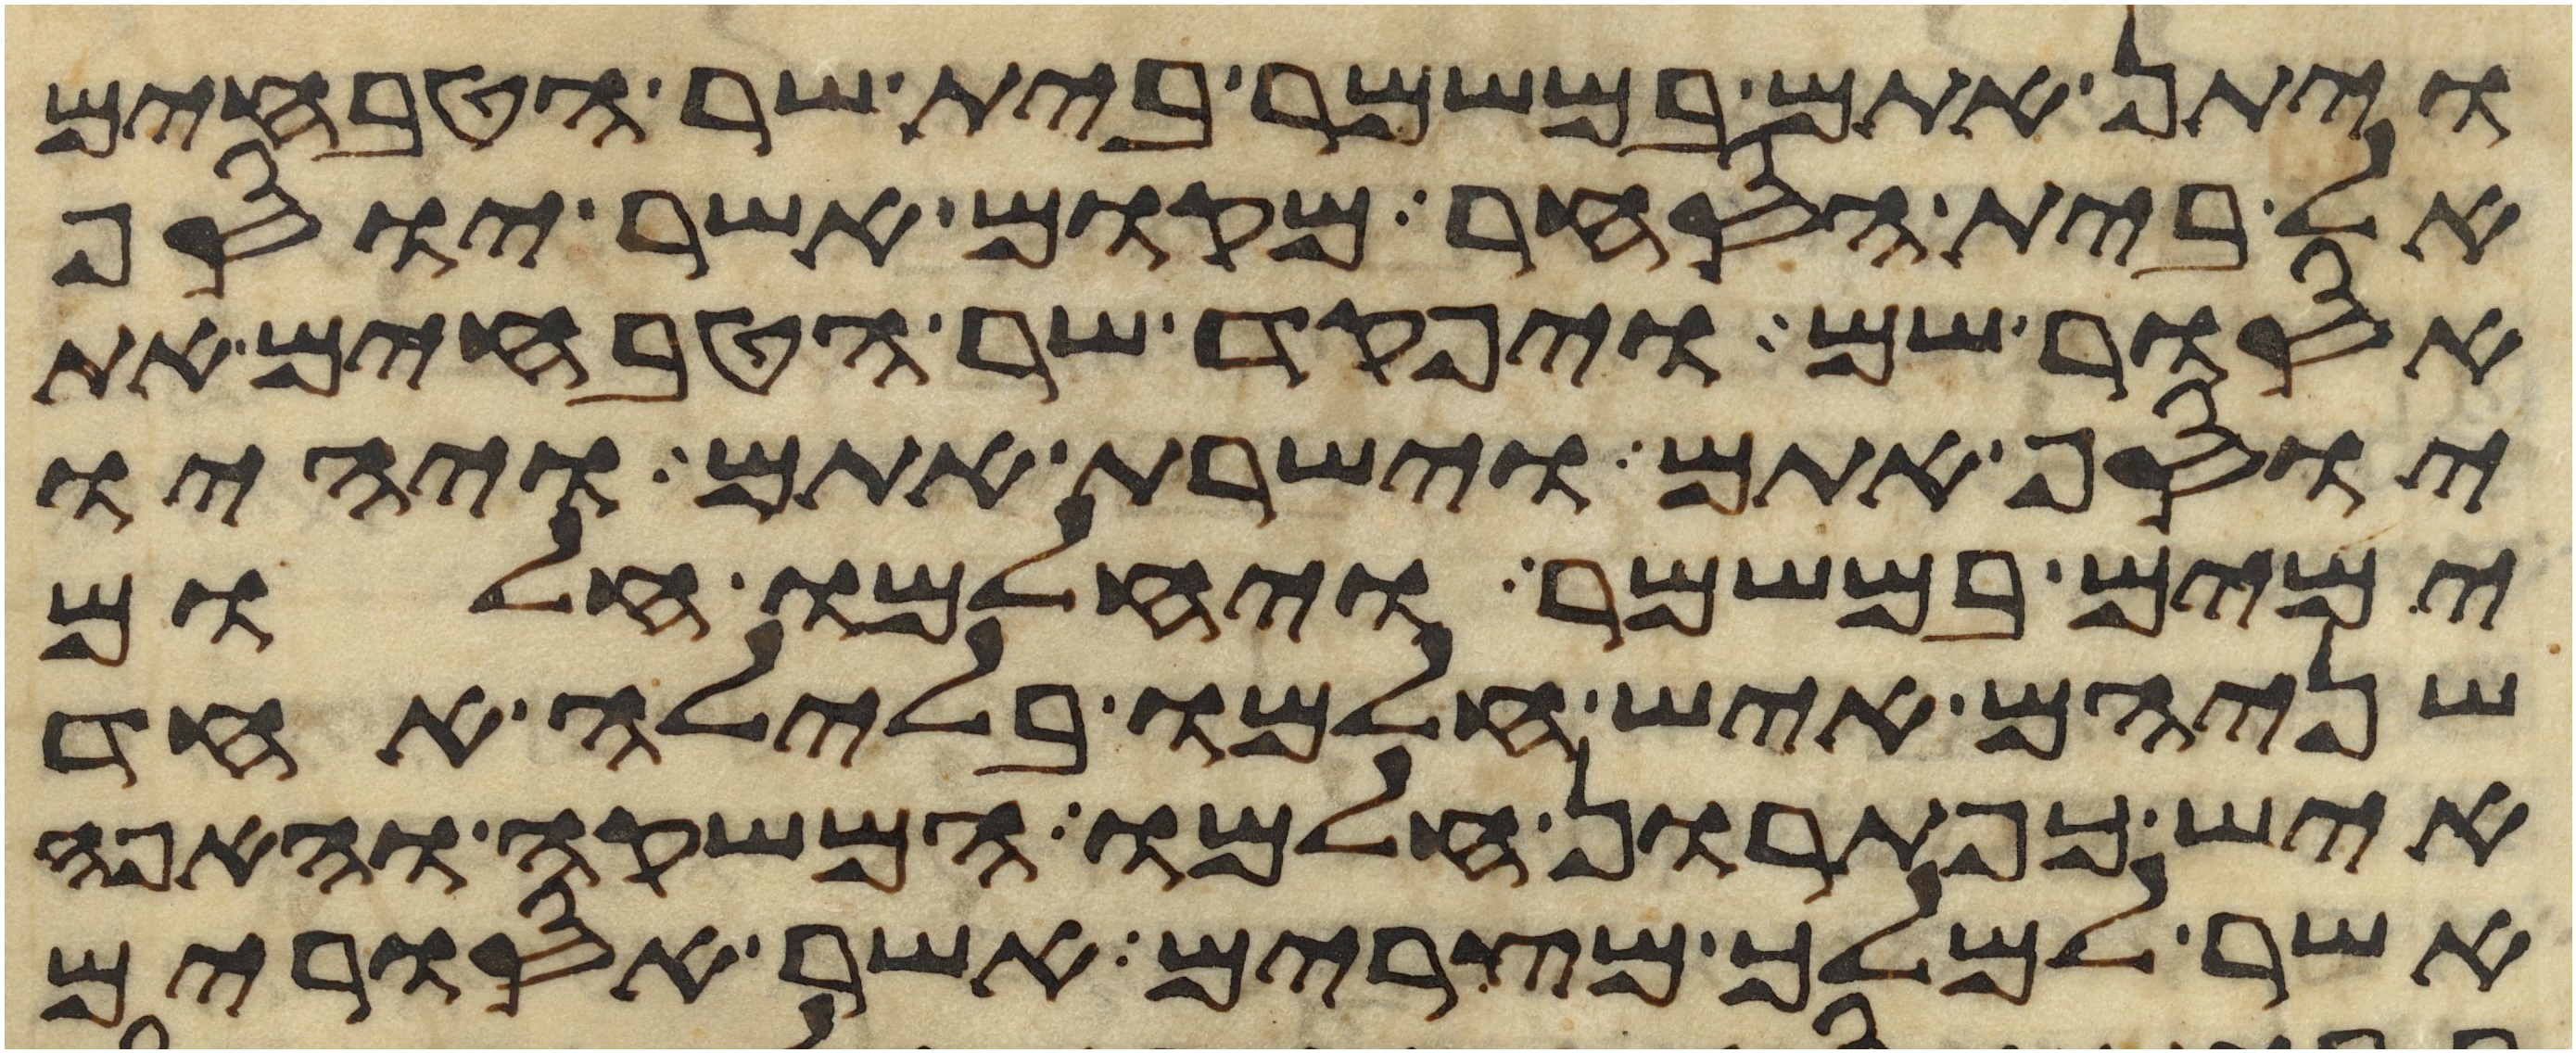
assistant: ויתן אתם במשמר בית שר הטבחים
אל בית הסחר מקום אשר יוסף
אסור שם ויפקד שר הטבחים את
יוסף אתם וישרת אתם ויהיו
ימים במשמר ויחלמו חלום
שניהם איש חלמו בלילה אחד
איש כפתרון חלמו המשקה והאפה
אשר למלך מצרים אשר אסורים